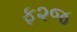
ફ૨જ